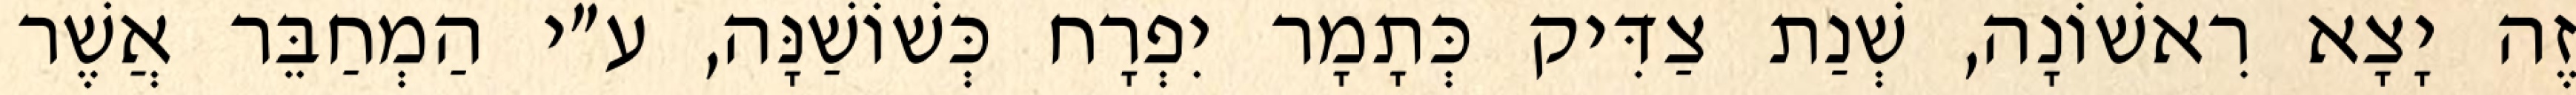
זֶה יָצָא רִאשׁוֹנָה, שְׁנַת צַדִּיק כְּתָמָר יִפְרָח כְּשׁוֹשַׁנָּה, ע״י הַמְחַבֵּר אֲשֶׁר